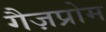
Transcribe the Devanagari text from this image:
गैज़प्रोम